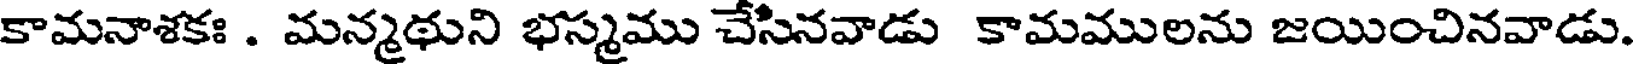
కామనాశకః . మన్మథుని భస్మము చేసినవాడు కామములను జయించినవాడు.